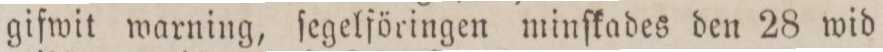
gifwit warning, ſegelföringen minſkades den 28 wid